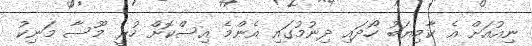
ނިއުއަށް އެ ކާމިޔަބު ހޯދައި ދިނުމުގައި އެންމެ އިސްކޮށް ހުރީ މޫސާ މަނިކު